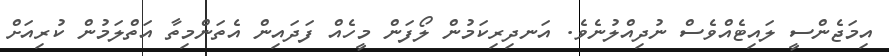
އިމަޖެންސީ ލައިޓެއްވެސް ނުދިއްލުނެވެ. އަނދިރިކަމުން ލޯފަން މީހެއް ފަދައިން އެތަންމިތާ އަތްލަމުން ކުރިއަށް